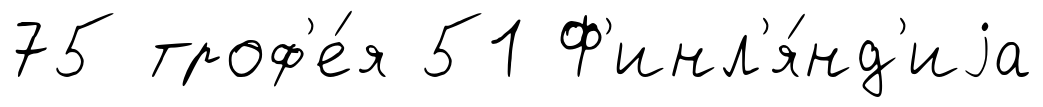
75 троф'е́я 51 Ф'инл'я́нд'иjа